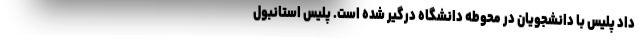
داد پلیس با دانشجویان در محوطه دانشگاه درگیر شده‌ است. پلیس استانبول